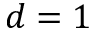
d = 1